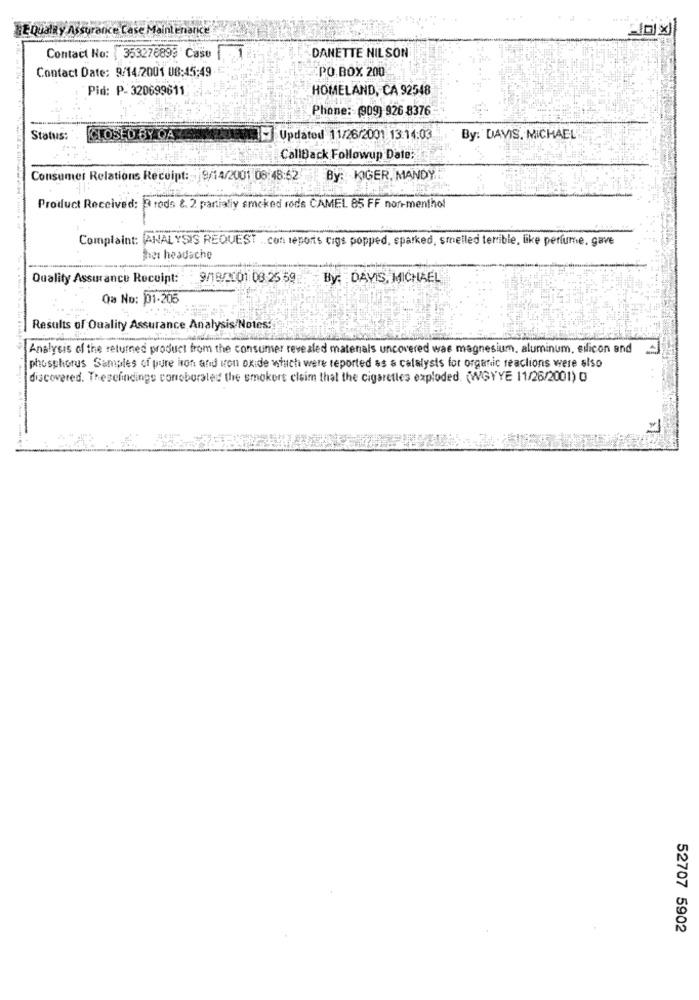
E Quality Assurance Case Maintenance
.1
Contact No: 353276899 Caso
DANETTE NILSON
Contact Date: 9/14/2001 08:45:49
PO BOX 200
Pid: P-320699611
HOMELAND, CA 92548
Phone: (909) 926 8376
Status:
CLOSED BY QA
Updated 11/26/2001 13:14:03
By: DAVIS. MICHAEL
CallBack Followup Date:
Consumer Relations Receipt: - 9/14/2001 08:48:62
By: KIGER, MANDY
Product Received: R rods &. 2 partially smoked rods CAMEL 85 FF non-menthol
Complaint: ANALYSIS REQUEST .. con reports cigs popped, sparked, smelled terrible, like perfume, gave
het headache
Quality Assurance Receipt: : 9/18/101: 08 25:59
By: DAVIS, MICHAEL
Qa No: 01-205
Results of Quality Assurance Analysis/Notes:
Analysis of the returned product from the consumer revealed materials uncovered was magnesium, aluminum, silicon and
phosphorus Samples of pure iron and iron oxide which were reported as a catalysts for organic reaclions were also
discovered. Thesefindings corroboraled the smokers claim that the cigarettes exploded. (WGYYE 11/26/2001) 0
. ...
52707 5902